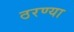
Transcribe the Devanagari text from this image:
ठरण्या